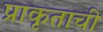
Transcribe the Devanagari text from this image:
प्राकृताची